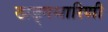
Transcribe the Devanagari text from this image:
खड्गधारिणी